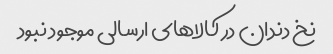
نخ دندان در کالاهای ارسالی موجود نبود